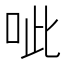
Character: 呲